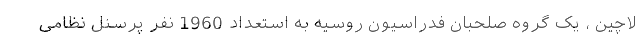
لاچین ، یک گروه صلحبان فدراسیون روسیه به استعداد 1960 نفر پرسنل نظامی